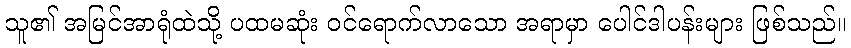
သူ၏ အမြင်အာရုံထဲသို့ ပထမဆုံး ဝင်ရောက်လာသော အရာမှာ ပေါင်ဒါပန်းများ ဖြစ်သည်။